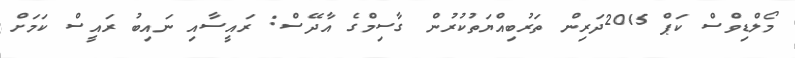
މޯލްޑިވްސް ކަޕް 2015ދަރިން ތަރުބިއްޔަތުކުރުން ގާސިމްގެ އާދޭސް: ރައީސާއި ނައިބު ރައީސް ކަމަށް